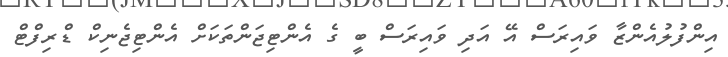
އިންފުލުއެންޒާ ވައިރަސް އޭ އަދި ވައިރަސް ބީ ގެ އެންޓިޖަންތަކަށް އެންޓިޖެނިކް ޑްރިފްޓް